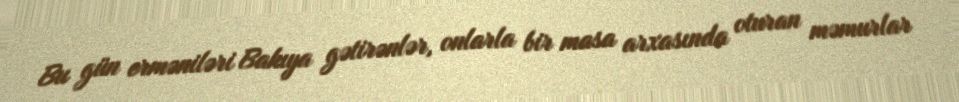
Bu gün erməniləri Bakıya gətirənlər, onlarla bir masa arxasında oturan məmurlar